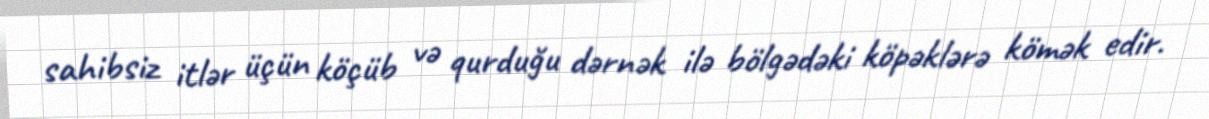
sahibsiz itlər üçün köçüb və qurduğu dərnək ilə bölgədəki köpəklərə kömək edir.